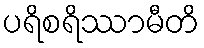
ပရိစရိဿာမီတိ